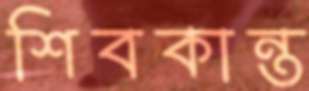
শিবকান্ত